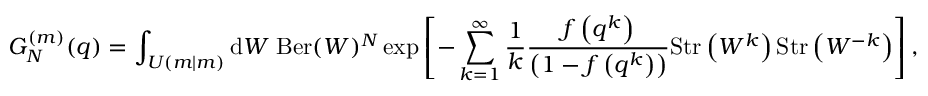
G _ { N } ^ { ( m ) } ( q ) = \int _ { U ( m | m ) } { \mathrm { d } } W \; { \mathrm { B e r } } ( W ) ^ { N } \exp \left[ - \sum _ { k = 1 } ^ { \infty } \frac { 1 } { k } \frac { f \left( q ^ { k } \right) } { \left( 1 - f \left( q ^ { k } \right) \right) } { \mathrm { S t r } } \left( W ^ { k } \right) { \mathrm { S t r } } \left( W ^ { - k } \right) \right] ,